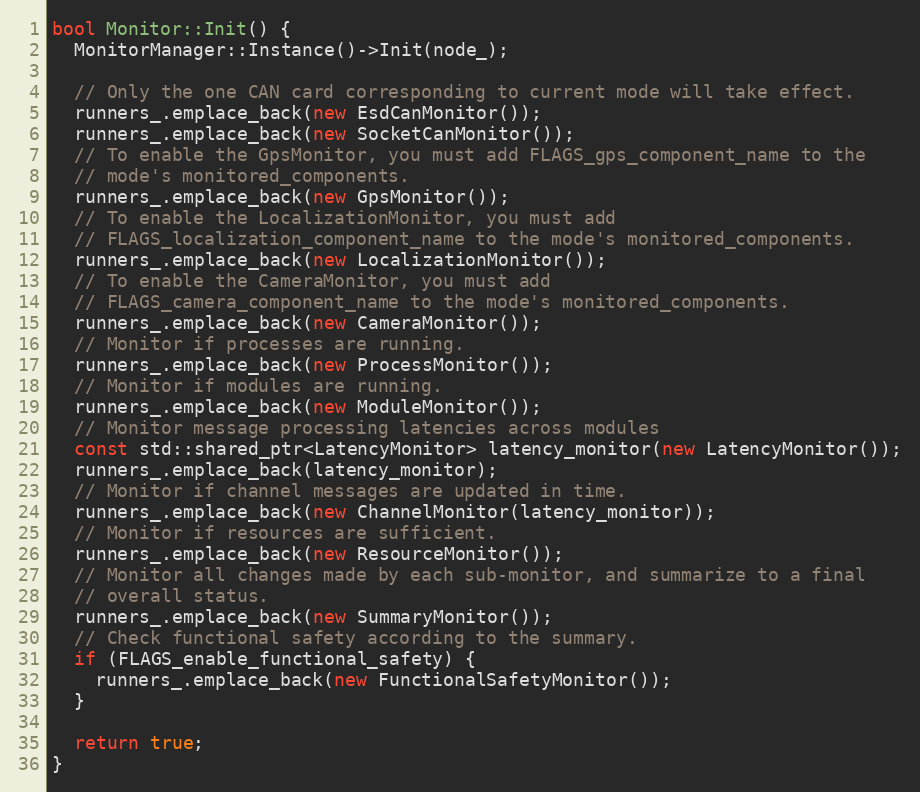
Language: C++
bool Monitor::Init() {
  MonitorManager::Instance()->Init(node_);

  // Only the one CAN card corresponding to current mode will take effect.
  runners_.emplace_back(new EsdCanMonitor());
  runners_.emplace_back(new SocketCanMonitor());
  // To enable the GpsMonitor, you must add FLAGS_gps_component_name to the
  // mode's monitored_components.
  runners_.emplace_back(new GpsMonitor());
  // To enable the LocalizationMonitor, you must add
  // FLAGS_localization_component_name to the mode's monitored_components.
  runners_.emplace_back(new LocalizationMonitor());
  // To enable the CameraMonitor, you must add
  // FLAGS_camera_component_name to the mode's monitored_components.
  runners_.emplace_back(new CameraMonitor());
  // Monitor if processes are running.
  runners_.emplace_back(new ProcessMonitor());
  // Monitor if modules are running.
  runners_.emplace_back(new ModuleMonitor());
  // Monitor message processing latencies across modules
  const std::shared_ptr<LatencyMonitor> latency_monitor(new LatencyMonitor());
  runners_.emplace_back(latency_monitor);
  // Monitor if channel messages are updated in time.
  runners_.emplace_back(new ChannelMonitor(latency_monitor));
  // Monitor if resources are sufficient.
  runners_.emplace_back(new ResourceMonitor());
  // Monitor all changes made by each sub-monitor, and summarize to a final
  // overall status.
  runners_.emplace_back(new SummaryMonitor());
  // Check functional safety according to the summary.
  if (FLAGS_enable_functional_safety) {
    runners_.emplace_back(new FunctionalSafetyMonitor());
  }

  return true;
}